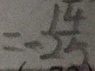
= - \frac { 1 4 } { 2 5 }